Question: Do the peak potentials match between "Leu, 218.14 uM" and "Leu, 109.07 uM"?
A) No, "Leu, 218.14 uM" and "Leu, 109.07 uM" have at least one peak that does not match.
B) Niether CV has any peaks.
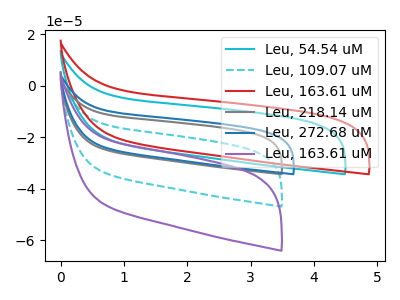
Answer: <think>The cyan curve "Leu, 54.54 uM" has no peaks. The cyan dashed curve "Leu, 109.07 uM" has no peaks. The red curve "Leu, 163.61 uM" has no peaks. The gray curve "Leu, 218.14 uM" has no peaks. The blue curve "Leu, 272.68 uM" has no peaks. The purple curve "Leu, 163.61 uM" has no peaks.</think>
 <answer>B) Niether CV has any peaks.</answer>
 <eval>B</eval>